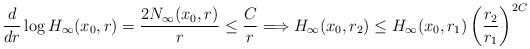
LaTeX: \begin{align*}\frac{d}{dr}\log H_\infty(x_0,r) = \frac{2N_\infty(x_0,r)}{r} \le \frac{C}{r} \Longrightarrow H_\infty(x_0,r_2) \le H_\infty(x_0,r_1) \left(\frac{r_2}{r_1}\right)^{2C}\end{align*}